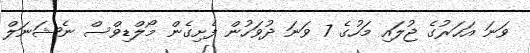
ވަނަ އަހަރުގެ ޖުލައި މަހުގެ 7 ވަނަ ދުވަހުން ފެށިގެން މޯލްޑިވްސް ނެޝަނަލް